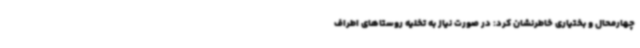
چهارمحال و بختیاری خاطرنشان کرد: در صورت نیاز به تخلیه روستاهای اطراف